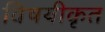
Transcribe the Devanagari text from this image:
विषयीकृत